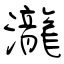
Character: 瀧